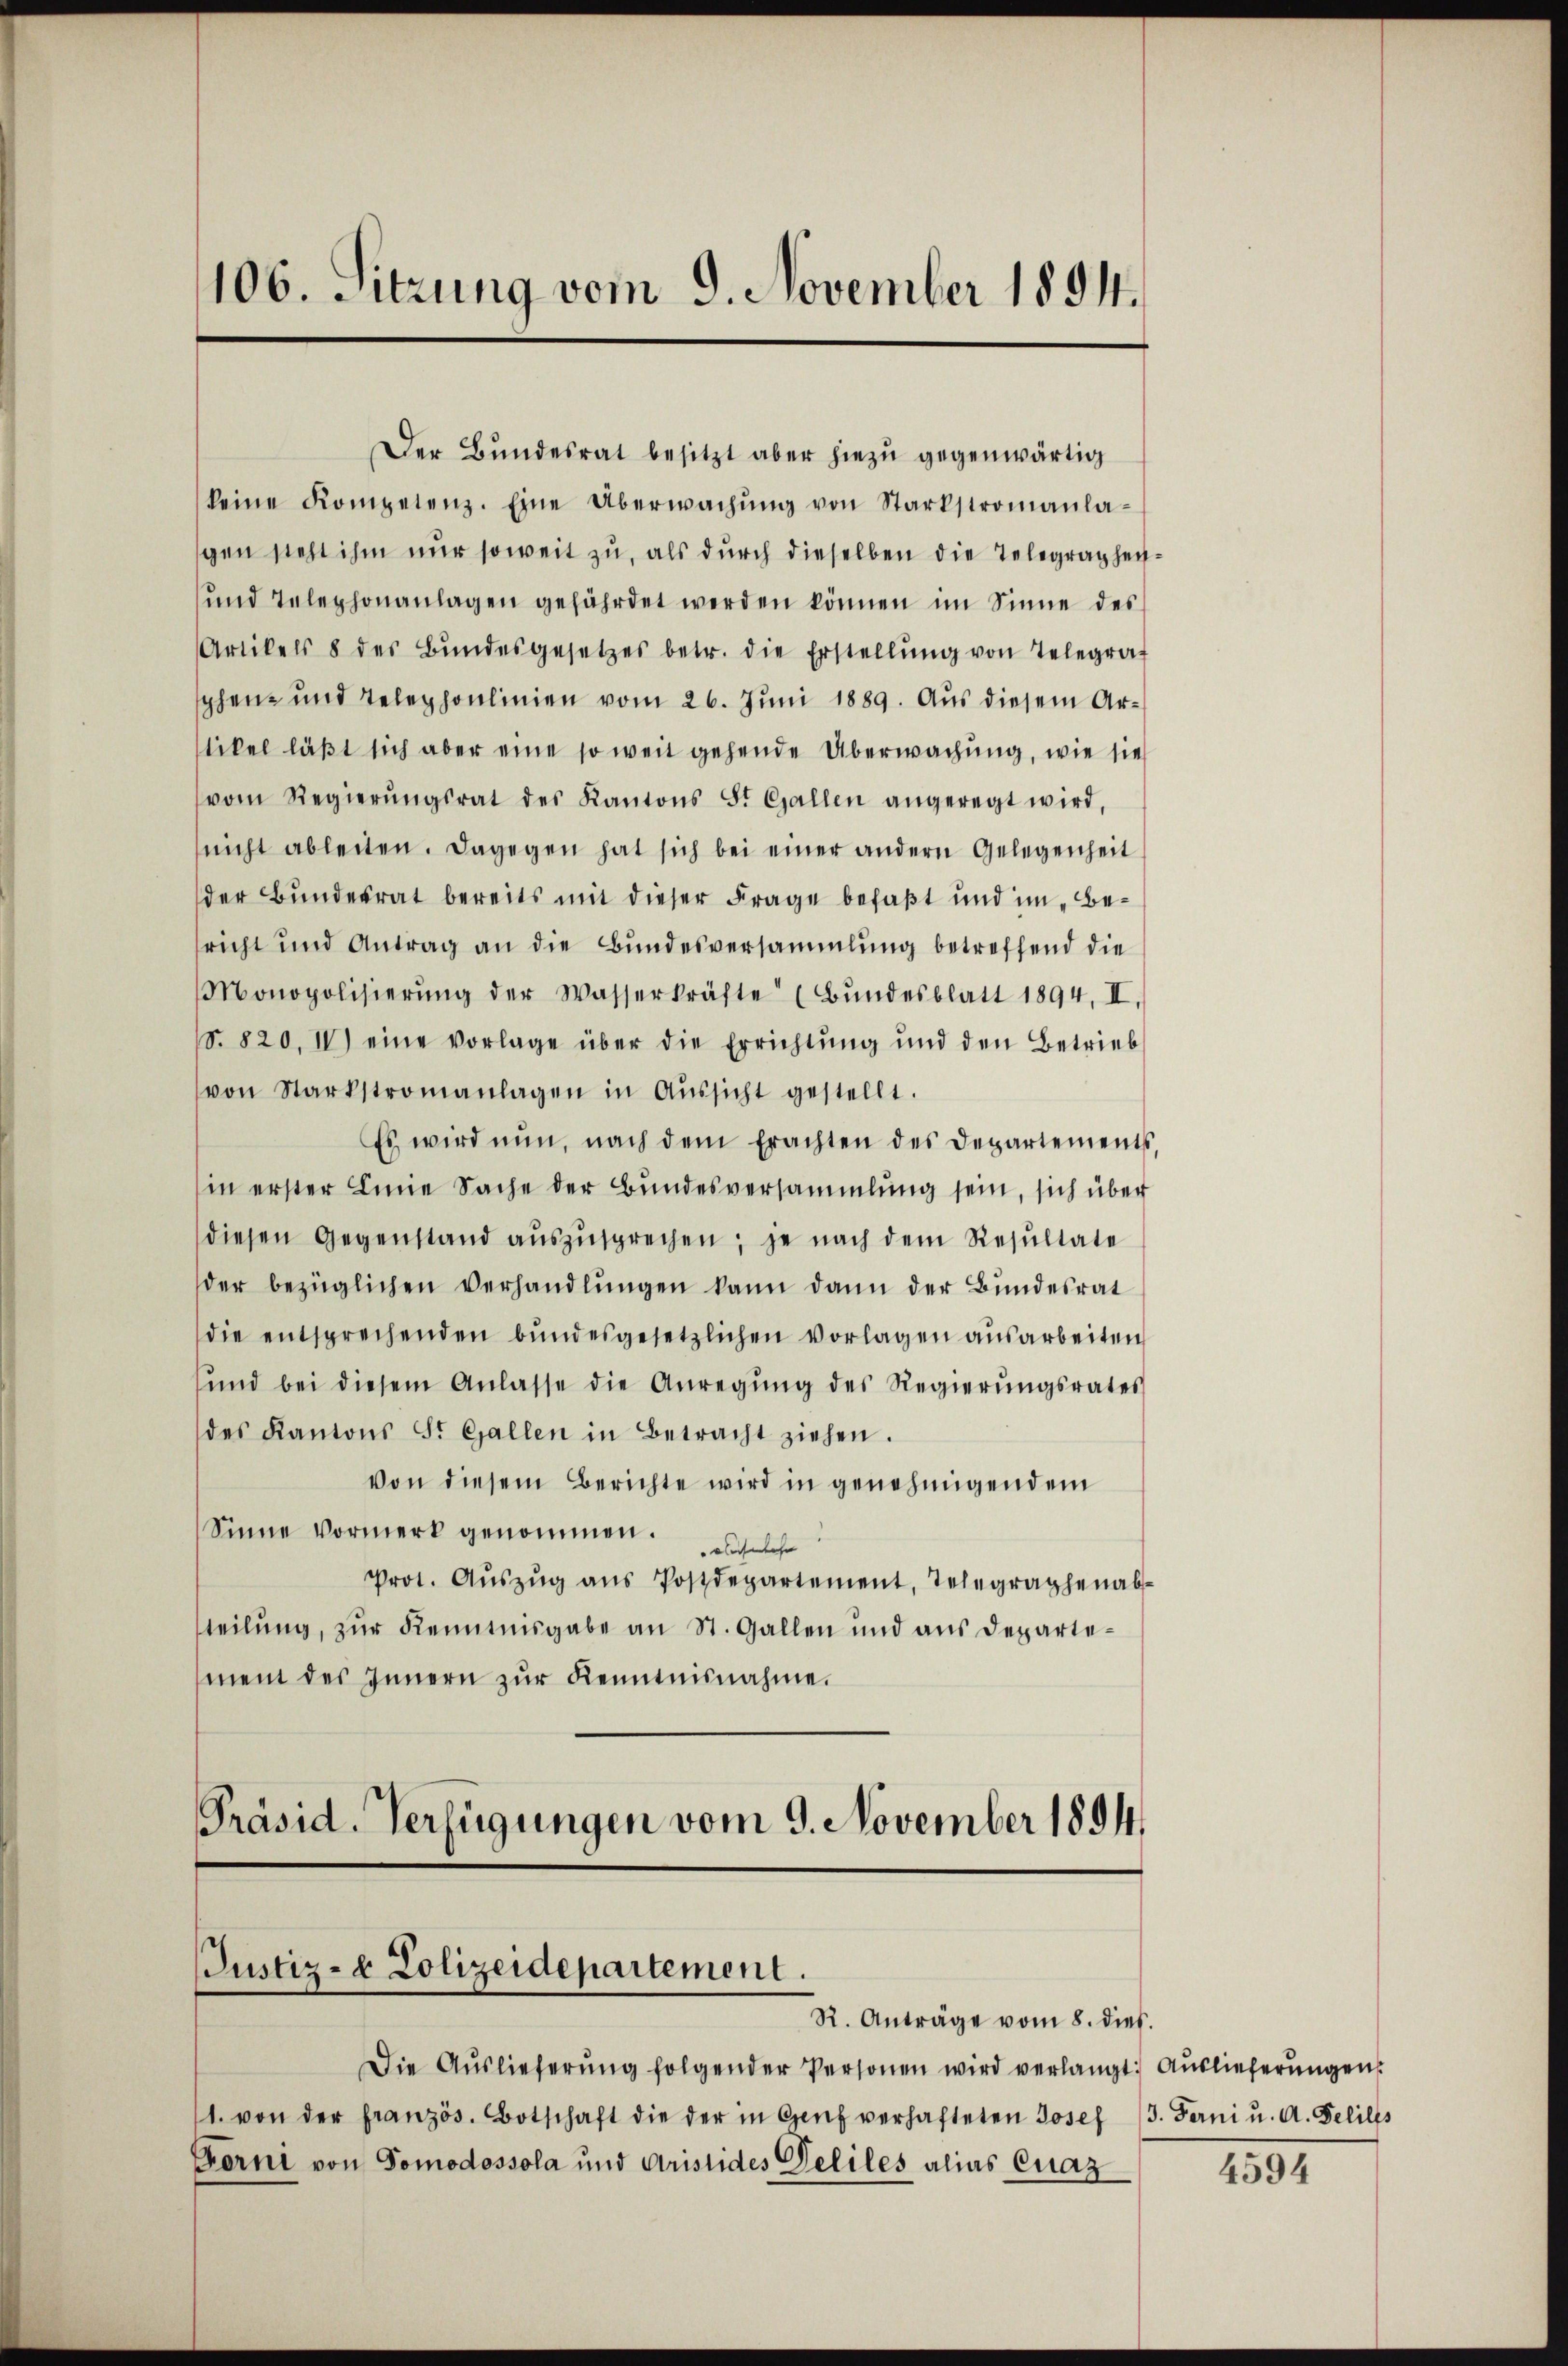
106. Sitzung vom 9. November 1884.

Der Bundesrat besitzt aber hiezu gegenwärtig
keine Kompetenz. Eine Überwachŭng von Starkstromanlagen steht ihm nur soweit zu, als durch dieselben die Telegraphen¬
und Telephonanlagen gefährdet werden können im Sinne des
Artikels 8 der Bŭndesgesetzes betr. die Erstellŭng von Telegrat
sphen- und Telephonlinien vom 26. Juni 1889. Aus diesem Artikel läßt sich aber eine so weit gehende Überwachung, wie sie
vom Regierŭngsrat des Kantons St. Gallen angeregt wird,
nicht ableiten. Dagegen hat sich bei einer andern Gelegenheit
der Bundesrat bereits mit dieser Frage befaßt und im Bericht und Antrag an die Bundesversammlung betreffend die
Monopolisierŭng der Wasserkräfte (Bundesblatt 1894, II.
. 820, IV) eine vorlage über die Errichtung und den Betriebs
von Starkstromanlagen in Aŭssicht gestellt.
Es wird nun, nach dem Erachten des Departements,
in erster Linie Sache der Bŭndesversammlung sein, sich über
diesen Gegenstand aŭszŭsprechen, je nach dem Resultate
der bezüglichen Verhandlungen kann dann der Bundesrat
die entsprechenden bŭndesgesetzlichen Vorlagen ausarbeiten
ŭnd bei diesem Anlasse die Anregŭng des Regierŭngsrates
des Kantons St. Gallen in Betracht ziehen.
von diesem Berichte wird in genehmigendem
Sinne Vormerk genommen. Es solche
Prot. Aŭszŭg ans Postdepartement, Telegraphenab-
teilung, zur Kenntnisgabe an St. Gallen und aus Departement des Innern zŭr Kenntnisnahme.
Präsid. Verfügungen vom 9. November 1894.

Justiz- & Polizeidepartement.
R. Anträge vom 8. dies

Die Aŭslieferŭng folgender Personen wird verlangt: Auslieferŭngen
1. von der französ. Botschaft die der in Genf verhafteten Josef 13. Ferni u. A. Gelilts
Forni von Domodossola und Aristides Deliles alias Quaz

4594